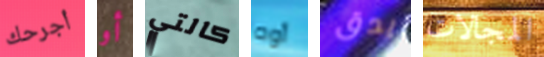
أجرحك أو كالتي أوه يدق المجالات